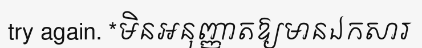
try again. *មិនអនុញ្ញាតឱ្យមានឯកសារ